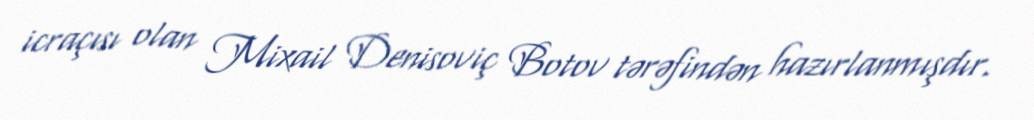
icraçısı olan Mixail Denisoviç Botov tərəfindən hazırlanmışdır.